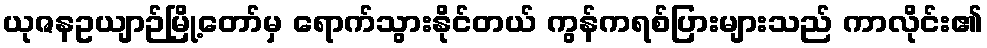
ယုဇနဥယျာဉ်မြို့တော်မှ ရောက်သွားနိုင်တယ် ကွန်ကရစ်ပြားများသည် ကာလိုင်း၏